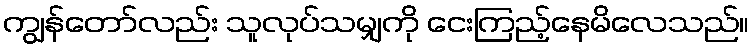
ကျွန်တော်လည်း သူလုပ်သမျှကို ငေးကြည့်နေမိလေသည်။